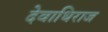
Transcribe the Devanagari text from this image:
देवाधिराज